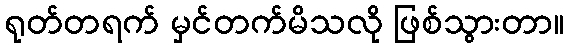
ရုတ်တရက် မှင်တက်မိသလို ဖြစ်သွားတာ။